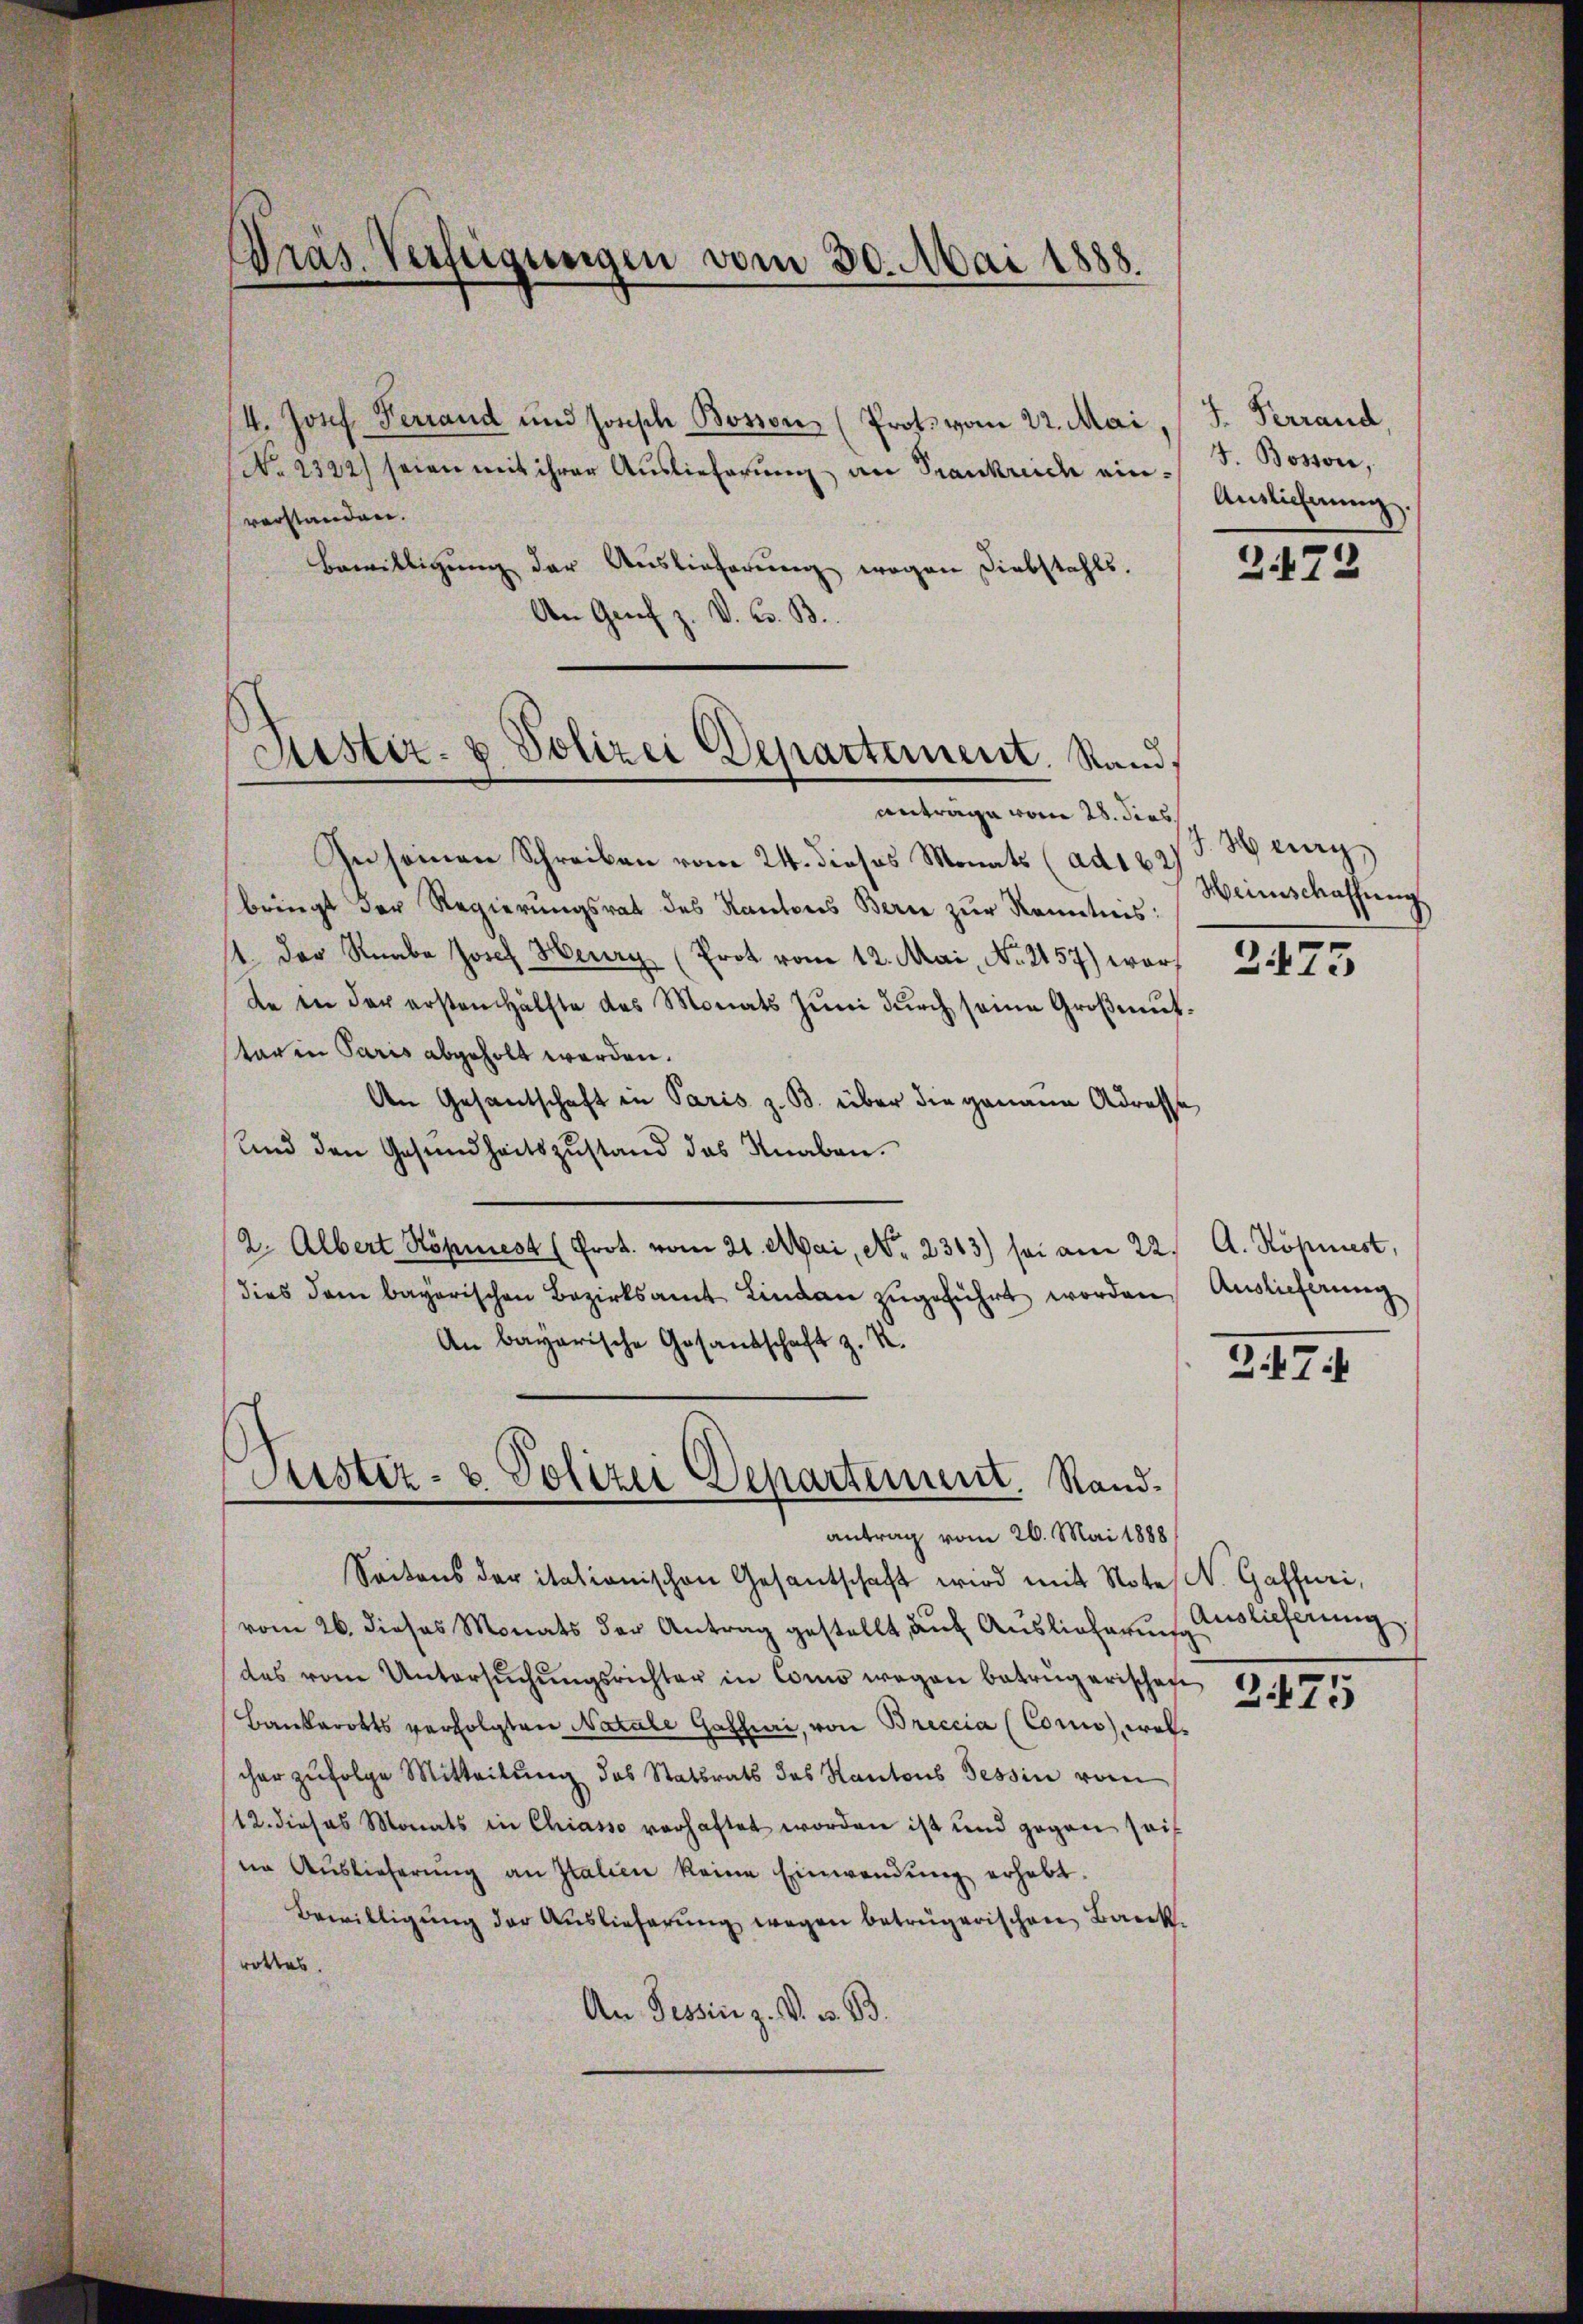
Präs. Verfügungen vom 30. Mai 1888.

/4. Josef Ferrand und Josisch Bosson (Prots vom 22. Mai, J. Verrand,
No 2322) seien mit ihrer Auslieferung an Trankreich einvorstanden.
Bewilligung der Auslieferung wegen Diebstahls.
An Genf z. V. C. B
antrage vom 28. dies
In seinen Schreiben vom 24. dieses Monats (ad 162
bringt der Regierungsrat des Kantons Bern zŭr Kenntnis:
14. Der Knabe Josef Heury (Prot vom 12. Mai, No. 2157) warf
de in der ersten Hälfte des Monats Juni dŭrch seine Großmüttar in Paris abgeholt werden.
An Gesandschaft in Paris z. B. über die genaue Adresse
Und den Gesŭndheitszŭstand das Knaben.
(2. Albert Kopiest (Prot. vom 21. Mai, No. 2313) sei am 22. A. Kopiest,
dies dem bayerischen Bezirksamt Lindau zugeführt worden,
An bayerische Gesandschaft z. R.

Justiz- & Polizei Departement. Stand

Justiz- & Polizei Departement. Sand¬

antrag vom 26. Mai 1888
Seitens der italionischen Gesantschaft wird mit Note. Gasfuri,
vom 26. dieses Monats der Antrag gestellt, auf Auslieferung
das vom Untersŭchŭngsrichter in Como wegen betrügerischen
Bankarotts verfolgten Natale Gatti, von Breccia (Coro, welcher zufolge Mitteilŭng des Statsrats des Kantons Tessin vom
12. dieses Monats in Chiasso verhaftet worden ist und gegen sei
nn Aŭslieferŭng an Italien keine Einwendŭng erhebt.
Bewilligŭng der Auslieferung wegen betrügerischen Bank.
rottes.
An Tessin z. V. v. B.

J. Bosson,
Auslicherung.

2472

J. Hug
Heinschaffung

2475

Auslieferung

317 f

Auslieferung

2475